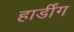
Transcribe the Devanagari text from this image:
हार्डींग